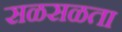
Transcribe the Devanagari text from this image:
सळसळता